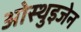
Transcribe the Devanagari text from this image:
ओस्थुइजेन